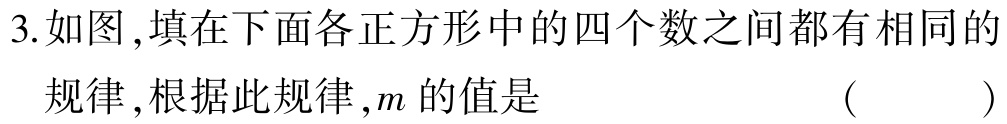
3.如图,填在下面各正方形中的四个数之间都有相同的

规律,根据此规律,$m$的值是 （ ）